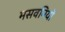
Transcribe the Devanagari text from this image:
मसवनियों